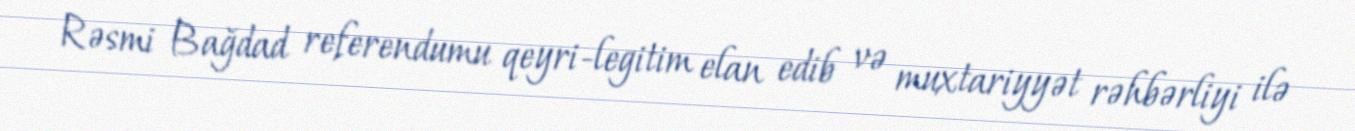
Rəsmi Bağdad referendumu qeyri-legitim elan edib və muxtariyyət rəhbərliyi ilə